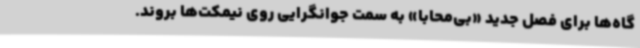
گاه‌ها برای فصل جدید «بی‌محابا» به سمت جوانگرایی روی نیمکت‌ها بروند.